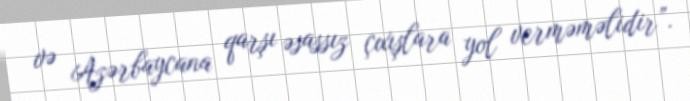
və Azərbaycana qarşı əsassız çıxışlara yol verməməlidir”.